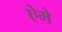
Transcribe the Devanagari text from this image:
ऐमे